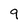
Character: 9